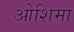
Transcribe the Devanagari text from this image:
ओशिमा